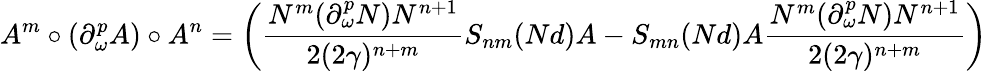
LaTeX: A^{m}\circ(\partial_{\omega}^{p}A)\circ A^{n}=\left({\frac{N^{m}(\partial_{\omega}^{p}N)N^{n+1}}{2(2\gamma)^{n+m}}}S_{nm}(Nd)A-S_{mn}(Nd)A{\frac{N^{m}(\partial_{\omega}^{p}N)N^{n+1}}{2(2\gamma)^{n+m}}}\right)